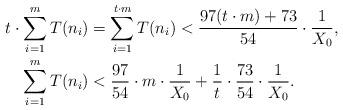
LaTeX: \begin{align*}t\cdot \sum_{i=1}^m T(n_i) &= \sum_{i=1}^{t\cdot m} T(n_i) < \frac{97 (t\cdot m) +73}{54} \cdot \frac{1}{X_0},\\\sum_{i=1}^m T(n_i) &< \frac{97}{54} \cdot m \cdot \frac{1}{X_0} + \frac{1}{t} \cdot \frac{73}{54} \cdot \frac{1}{X_0}.\end{align*}